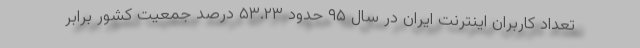
تعداد كاربران اينترنت ايران در سال ۹۵ حدود ۵۳.۲۳ درصد جمعيت كشور برابر